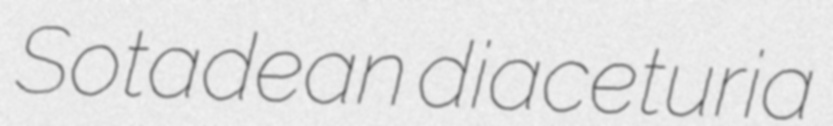
Sotadean diaceturia